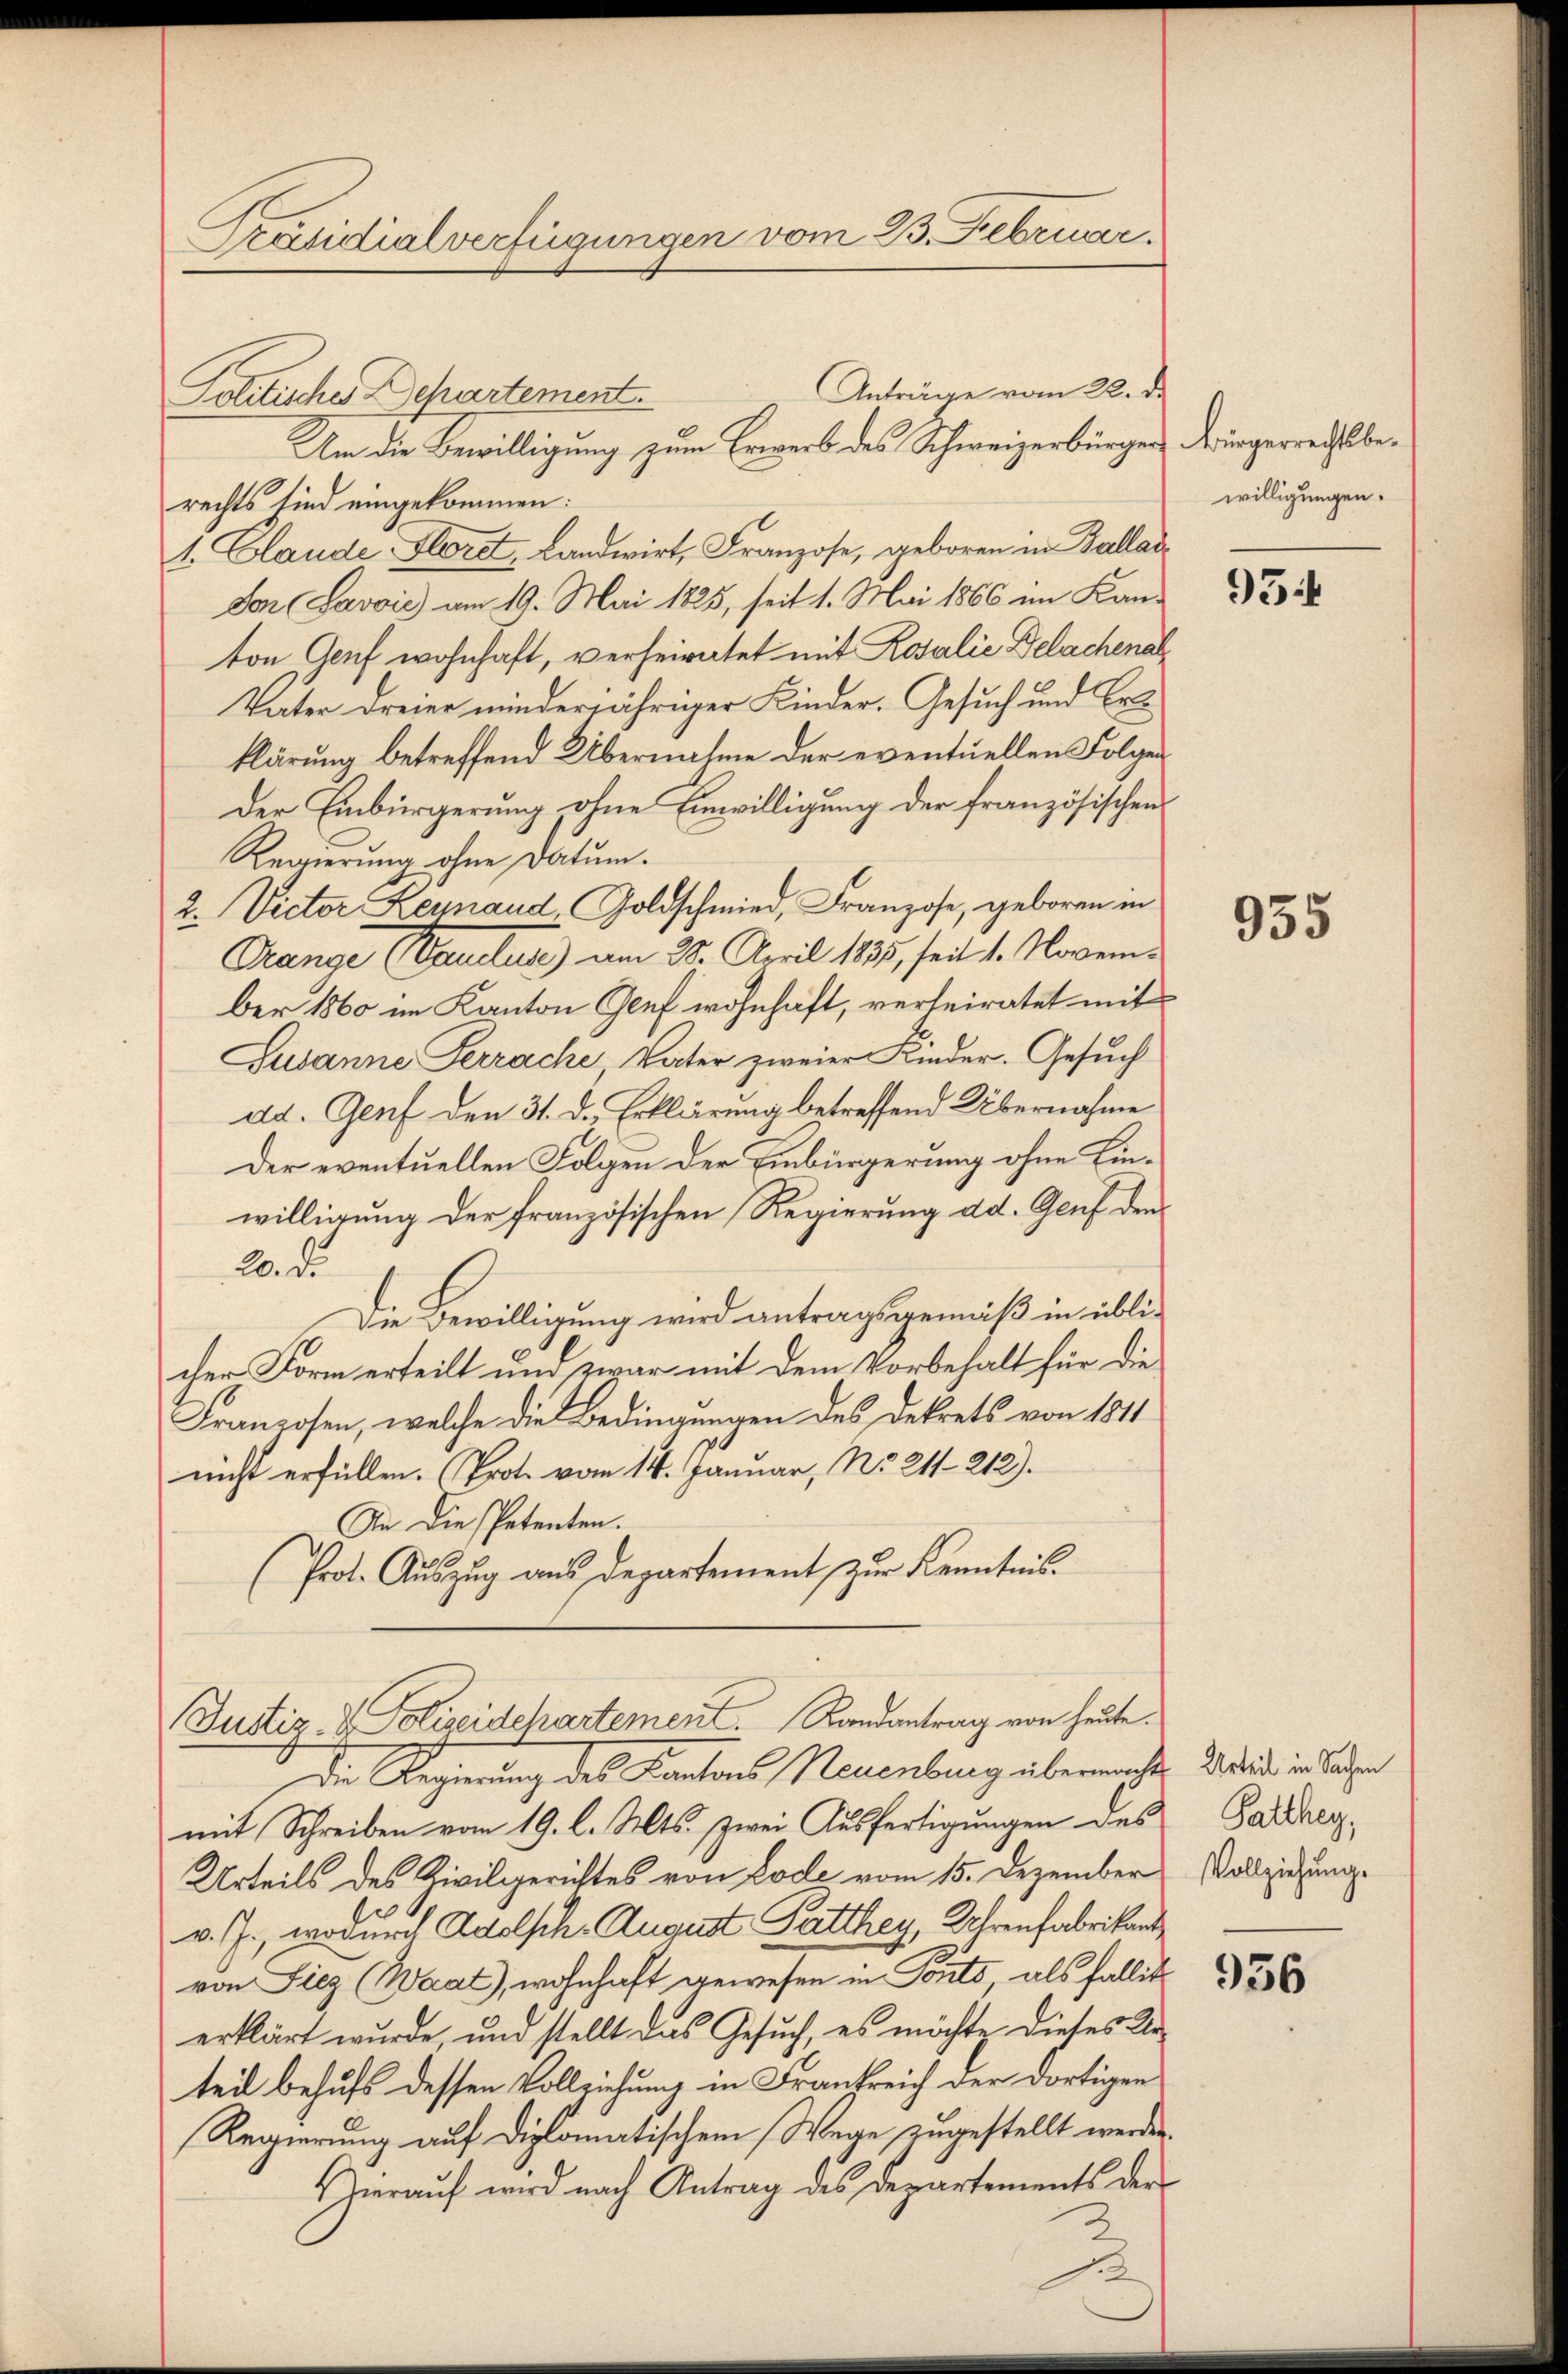
Präsidialverfügungen vom 23. Februar.

Politische Departement.

Um die Bewilligung zum Erwerb des Schweizerbürger
rechts sind eingekommen:
1. Claude Floret, Landwirt, Franzose, geboren in Ballad
don Savić am 19. Mai 1825, seit 1. Mai 1866 im Kan-
ton Genf wohnhaft, verheiratet mit Rosalie Delachenal¬
Vater dreier minderjähriger Kinder. Gesuch und Colklärung betreffend Übernahme der eventuellen Folgen
Der Einbürgerung ohne Einwilligung der französischens
Regierung ohne Datum.
2. Victor Leinand Goldschmied, Franzose, geboren in
Drange (Vauctus) am 28. April 1885, seit 1. November 1860 im Kanton Genf wohnhaft, verheiratet mit
Susanne Perrache Vater zweier Kinder. Gesuch
dd. Genf den 31. d. Erklärung betreffend Übernahme
Der eventuellen Folgen der Einbürgerung ohne Linwilligung der französischen Regierung dd. Genf den
20. de
Die Bewilligung wird antragsgemäß in üblicher Form erteilt und zwar mit dem Vorbehalt für die
Franzosen, welche die Bedingungen des Dekrets von 1811
nicht erfüllen. (Prote vom 14. Januar, No 211. 212).
In die Petenten.
(Prot. Auszug aus departement, zur Kenntnis.

Die Regierung des Kantons Neuenburg übermacht, wurde in langen
mit Schreiben vom 19. l. Mts. zwei Ausfertigungen des
Urteils des Zivilgerichtes von Lode vom 15. Dezember
.
v. J., wodurch Adelsch. August Patthey, Uhrenfabrikant
von Liez (Waat), wohnhaft gewesen in Ponts, als fallit
erklärt wurde, und stellt das Gesuch, es möchte dieses Urteil behufs dessen Vollziehung in Frankreich der dortigen
Regierung auf diplomatischem Wege zugestellt werden.
Herauf wird nach Antrag des Departements der
2

Anträge vom 22. d.

Justiz- & Polizeidchartement. Randantrag von heute.

Bürgerrechtsbewilligungen.

954

955

Galthey,
Vollziehung.

936